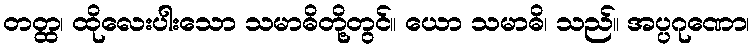
တတ္ထ၊ ထိုလေးပါးသော သမာဓိတို့တွင်။ ယော သမာဓိ၊ သည်။ အပ္ပဂုဏော၊